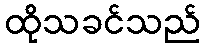
ထိုသခင်သည်